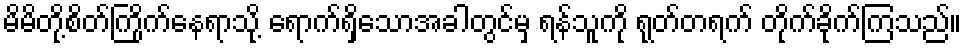
မိမိတို့စိတ်ကြိုက်နေရာသို့ ရောက်ရှိသောအခါတွင်မှ ရန်သူကို ရုတ်တရက် တိုက်ခိုက်ကြသည်။